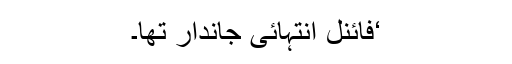
‘فائنل انتہائی جاندار تھا۔